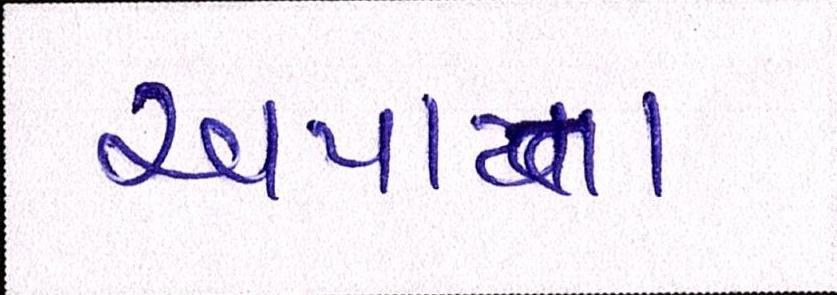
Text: અપાતા